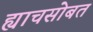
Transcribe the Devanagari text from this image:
ह्याचसोबत